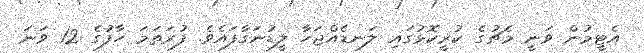
އެޓީމުން ވަނީ މެޗުގެ ކުރީކޮޅުގައި ލަނޑެއްޖަހާ ލީޑުނަގާފައެވެ. ފުރަތަމަ ހާފުގެ 12 ވަނަ